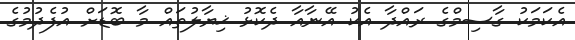
އެކަމަކު ގާސިމްގެ ރައްދާ އެކު އޭނާއާ ދެކޮޅު ޚިޔާލުތައް މާ ބޮޑަށް އުފެދުމުގެ